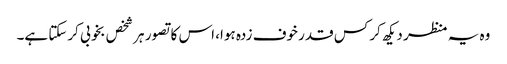
وہ یہ منظر دیکھ کر کس قدر خوف زدہ ہوا، اس کا تصور ہر شخص بخوبی کرسکتا ہے۔